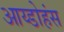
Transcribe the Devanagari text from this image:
आय्डोहंस